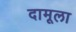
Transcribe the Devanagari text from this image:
दामूला